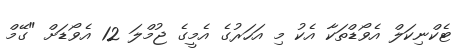
ޓެކްނިކަލް އެވޯޑްތަކާ އެކު މި އަހަރުގެ އެމީގެ ޖުމްލަ 12 އެވޯޑަށް "ގޭމް